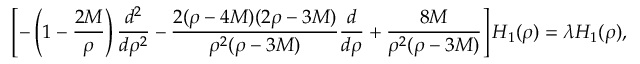
\left[ - \left( 1 - \frac { 2 M } { \rho } \right) \frac { d ^ { 2 } } { d \rho ^ { 2 } } - \frac { 2 ( \rho - 4 M ) ( 2 \rho - 3 M ) } { \rho ^ { 2 } ( \rho - 3 M ) } \frac { d } { d \rho } + \frac { 8 M } { \rho ^ { 2 } ( \rho - 3 M ) } \right] H _ { 1 } ( \rho ) = \lambda H _ { 1 } ( \rho ) ,